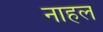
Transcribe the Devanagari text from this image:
नाहल